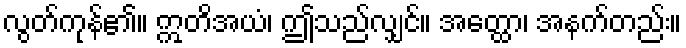
လွတ်ကုန်၏။ ဣတိအယံ၊ ဤသည်လျှင်။ အတ္ထော၊ အနက်တည်း။